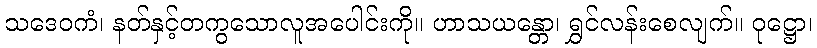
သဒေဝကံ၊ နတ်နှင့်တကွသောလူအပေါင်းကို။ ဟာသယန္တော၊ ရွှင်လန်းစေလျက်။ ဝုဋ္ဌော၊